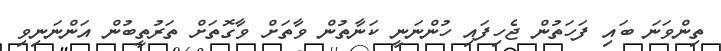
ތިންވަނަ ބައި ފަހަތުން ޖެހިފައި ހުންނަނީ ކަނާތުން ވާތަށް ވާގޮތަށް ތަރުތީބުން އަންނަނިވި